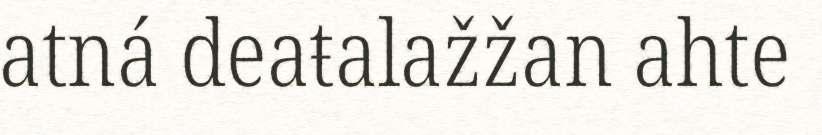
atná deaŧalažžan ahte